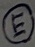
Text: E